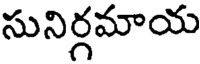
సునిర్గమాయ